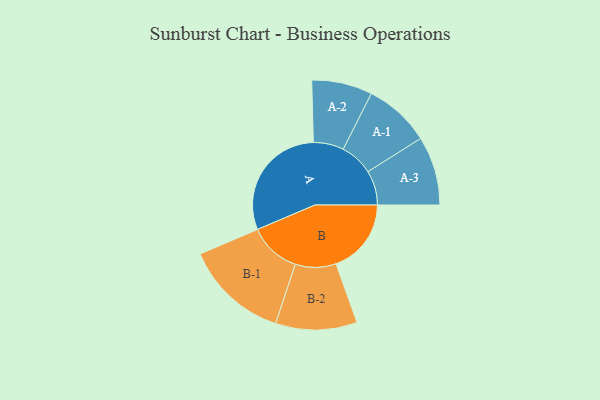
{"axis": {"x": "Segment", "y": "Value"}, "legend": ["", "A", "B"], "data": [{"x": "A", "y": 457, "type": ""}, {"x": "B", "y": 288, "type": ""}, {"x": "A-1", "y": 127, "type": "A"}, {"x": "A-2", "y": 116, "type": "A"}, {"x": "A-3", "y": 132, "type": "A"}, {"x": "B-1", "y": 199, "type": "B"}, {"x": "B-2", "y": 156, "type": "B"}]}